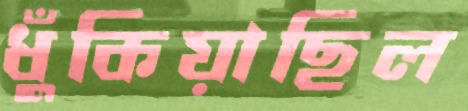
ধুঁকিয়াছিল